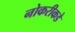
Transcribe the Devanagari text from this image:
नोकरीकडे